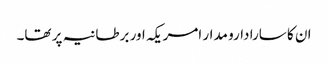
ان کا سارا دارو مدار امریکہ اور برطانیہ پر تھا۔